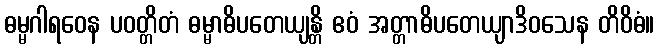
ဓမ္မဂါရဝေန ပဝတ္တိတံ ဓမ္မာဓိပတေယျန္တိ ဧဝံ အတ္တာဓိပတေယျာဒိဝသေန တိဝိဓံ။